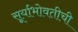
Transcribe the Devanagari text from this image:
सूर्याभोवतीची